Civil Veterinary Dept. North-West Frontier Province 1923-32 - 1923-1932
Year: 1923
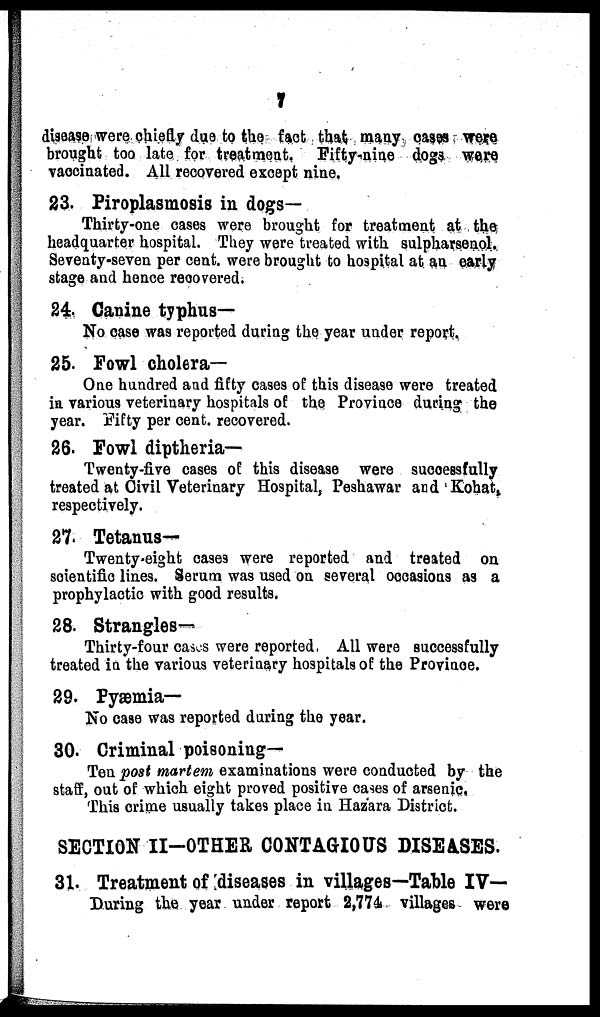
7
disease were chiefly due to the fact that many cases were
brought too late for treatment. Fifty-nine dogs were
vaccinated. All recovered except nine.
23. Piroplasmosis in dogs—
Thirty-one cases were brought for treatment at the
headquarter hospital. They were treated with sulpharsenol.
Seventy-seven per cent. were brought to hospital at an early
stage and hence recovered.
24. Canine typhus—
No case was reported during the year under report.
25. Fowl cholera—
One hundred and fifty cases of this disease were treated
in various veterinary hospitals of the Province during the
year. Fifty per cent. recovered.
26. Fowl diptheria—
Twenty-five cases of this disease were successfully
treated at Civil Veterinary Hospital, Peshawar and Kohat,
respectively.
27. Tetanus—
Twenty-eight cases were reported and treated on
scientific lines. Serum was used on several occasions as a
prophylactic with good results.
28. Strangles—
Thirty-four cases were reported, All were successfully
treated in the various veterinary hospitals of the Province.
29. Pyæmia—
No case was reported during the year.
30. Criminal poisoning—
Ten post martem examinations were conducted by the
staff, out of which eight proved positive cases of arsenic.
This crime usually takes place in Hazara District.
SECTION II-OTHER CONTAGIOUS DISEASES.
31. Treatment of diseases in villages—Table IV—
During the year under report 2,774 villages were